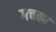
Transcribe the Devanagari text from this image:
गचका